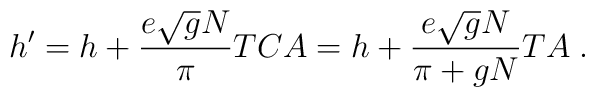
h^\prime = h + \frac{e \sqrt{g}  N}{\pi} T C A =h + \frac{e \sqrt{g} N}{\pi + gN} T A\; .